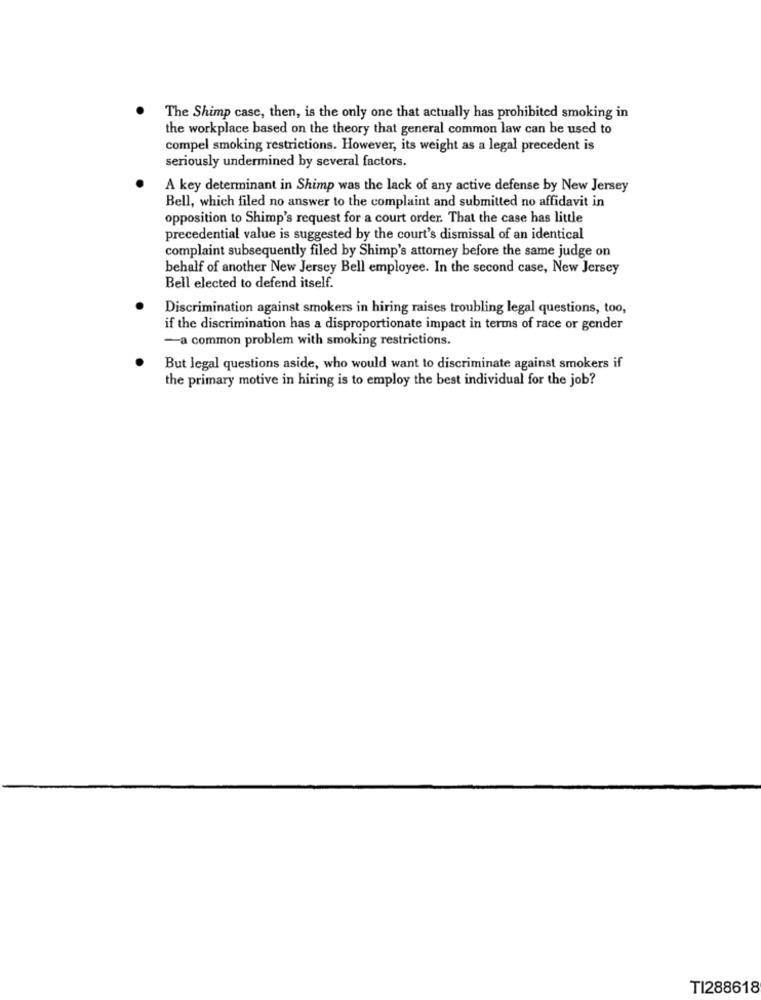
The Shimp case, then, is the only one that actually has prohibited smoking in
the workplace based on the theory that general common law can be used to
compel smoking restrictions. However, its weight as a legal precedent is
seriously undermined by several factors.
A key determinant in Shimp was the lack of any active defense by New Jersey
Bell, which filed no answer to the complaint and submitted no affidavit in
opposition to Shimp's request for a court order. That the case has little
precedential value is suggested by the court's dismissal of an identical
complaint subsequently filed by Shimp's attorney before the same judge on
behalf of another New Jersey Bell employee. In the second case, New Jersey
Bell elected to defend itself.
Discrimination against smokers in hiring raises troubling legal questions, too,
if the discrimination has a disproportionate impact in terms of race or gender
-a common problem with smoking restrictions.
But legal questions aside, who would want to discriminate against smokers if
the primary motive in hiring is to employ the best individual for the job?
TI288618